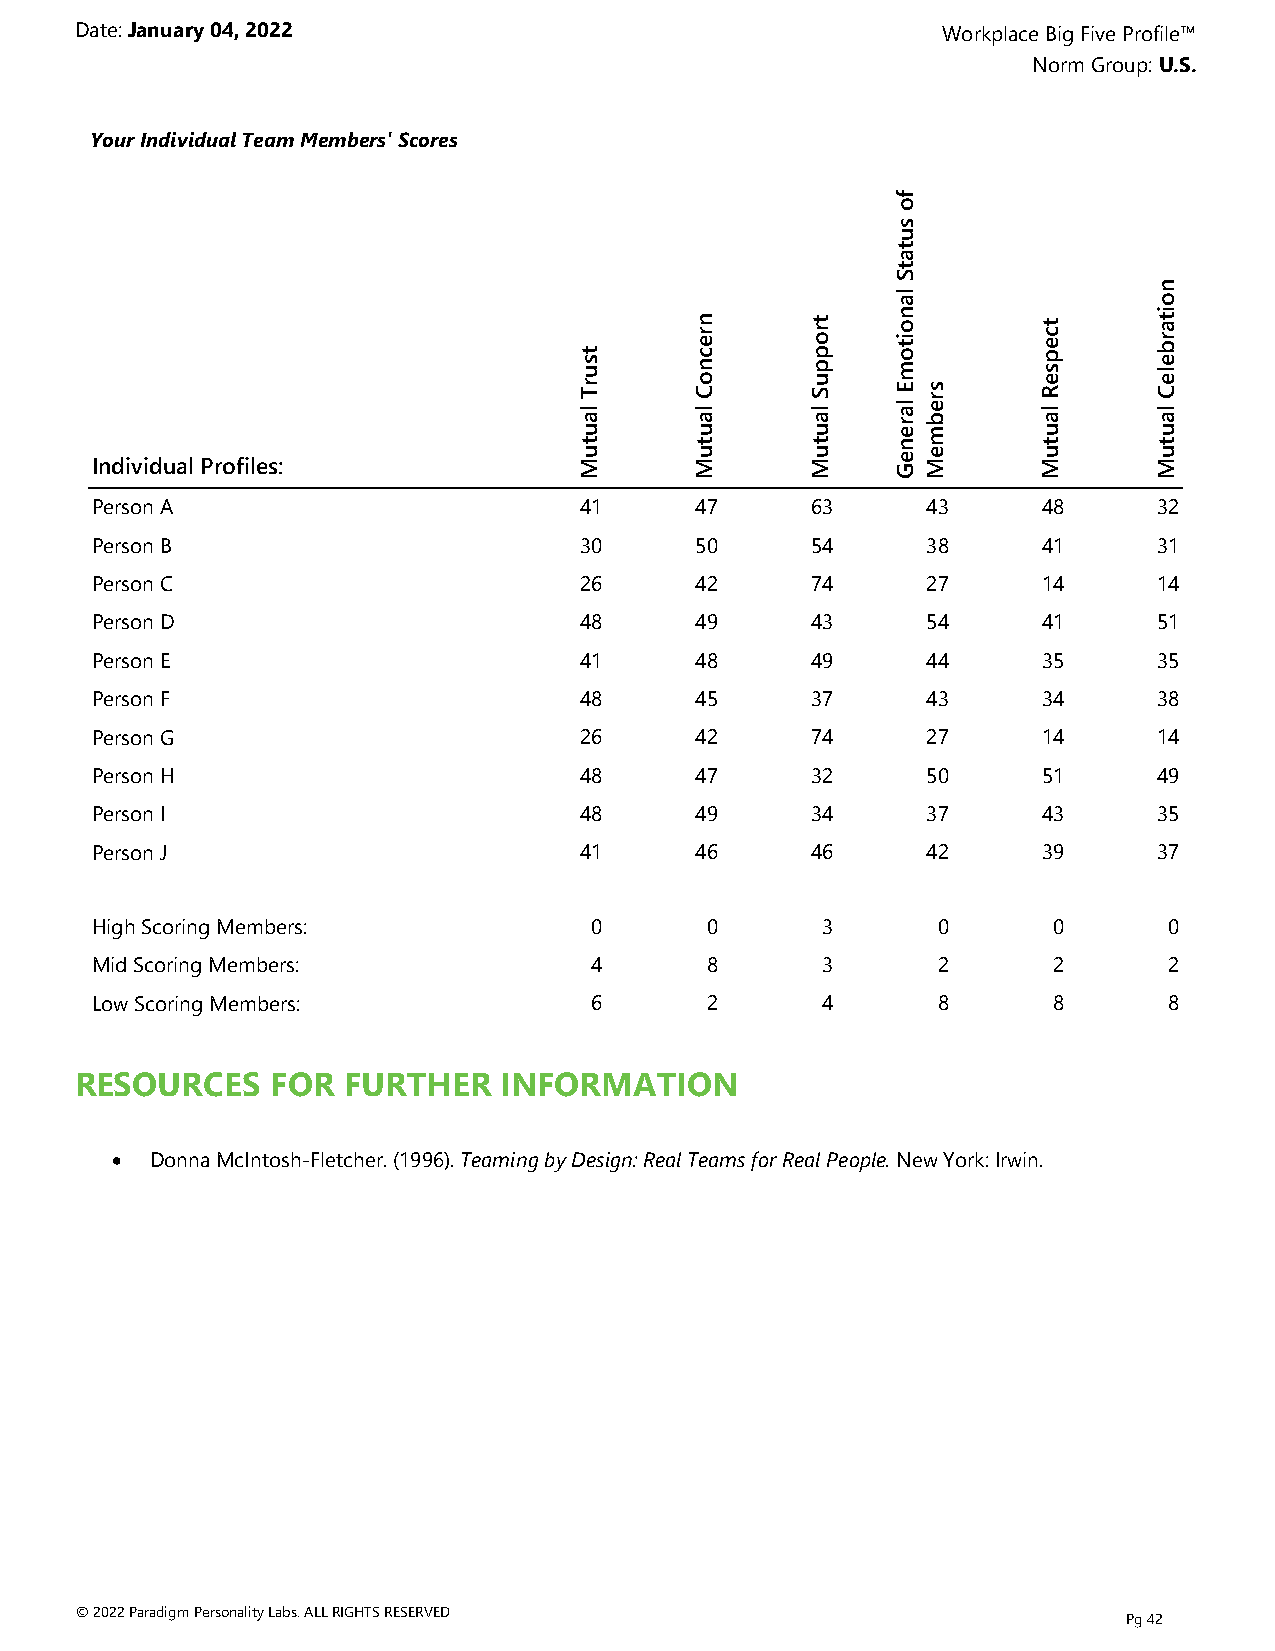
Date: January 04, 2022                                   Workplace Big Five Profile™
 Norm Group: U.S.
 Your Individual Team Members' Scores
 f
 o
 s
 u
 t
 a
 t
 S
 n
 la                o
 t s u r T
 la
 u
 n r e c n o C
 la
 u
 t r o p p u S
 la
 u
 n
 o it o m E
 la
 r e
 s r
 e
 b m
 t c e p s e R
 la
 u
 it
 a r b e le C
 la
 u
 t       t       t    n         t       t
 Individual Profiles:            u M     u M     u M  e G e M   u M     u M
 PersonA                         41      47      63     43      48      32
 PersonB                         30      50      54     38      41      31
 PersonC                         26      42      74     27      14      14
 PersonD                         48      49      43     54      41      51
 PersonE                         41      48      49     44      35      35
 PersonF                         48      45      37     43      34      38
 PersonG                         26      42      74     27      14      14
 PersonH                         48      47      32     50      51      49
 PersonI                         48      49      34     37      43      35
 PersonJ                         41      46      46     42      39      37
 HighScoringMembers:              0       0      3       0       0      0
 MidScoringMembers:               4       8      3       2       2      2
 LowScoringMembers:               6       2      4       8       8      8
 RESOURCES    FOR  FURTHER   INFORMATION
 ·  Donna McIntosh-Fletcher. (1996). Teaming by Design: Real Teams for Real People. New York: Irwin.
 © 2022 Paradigm Personality Labs. ALL RIGHTS RESERVED
 Pg 42